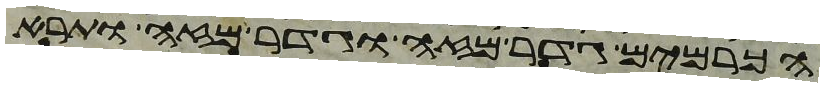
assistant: הכרמים גדר מזה וגדר מזה ותרא